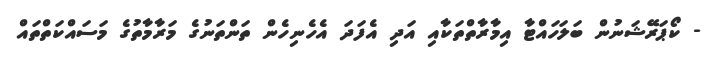
- ކޯޕަރޭޝަނުން ބަލަހައްޓާ އިމާރާތްތަކާއި އަދި އެފަދަ އެހެނިހެން ތަންތަނުގެ މަރާމާތުގެ މަސައްކަތްތައް